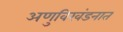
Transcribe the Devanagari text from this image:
अणुविखंडनात